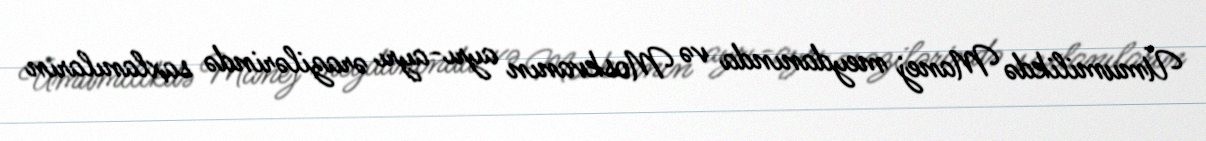
Ümumilikdə Manej meydanında və Moskvanın ayrı-ayrı ərazilərində saxlanıların